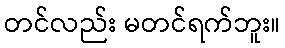
တင်လည်း မတင်ရက်ဘူး။